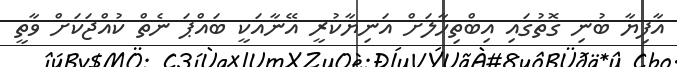
އާފިޔާ ބުނި ގޮތުގައި އިބްތިހާލަށް އަނިޔާކުރީ އޭނާއަކީ ބައްޕަ ނެތް ކުއްޖަކަށް ވާތީ